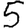
Digit: 5